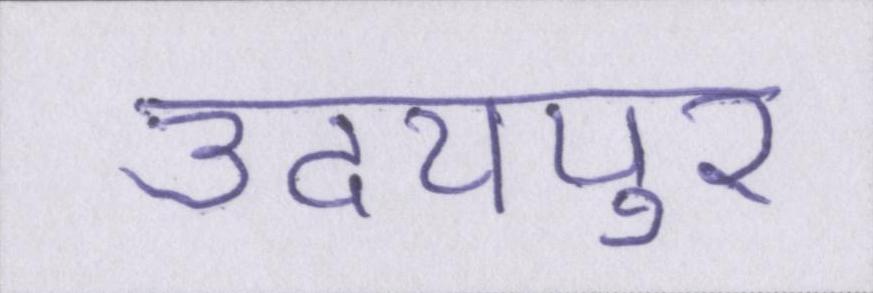
उदयपुर